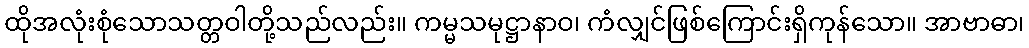
ထိုအလုံးစုံသောသတ္တဝါတို့သည်လည်း။ ကမ္မသမုဋ္ဌာနာဝ၊ ကံလျှင်ဖြစ်ကြောင်းရှိကုန်သော။ အာဗာဓာ၊